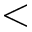
<